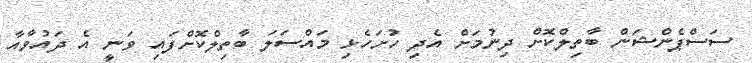
ސަސްޕެންޝަން ބާތިލްކޮށް ދިނުމަށް އެދި ހުށަހެޅި މައްސަލަ ބާތިލްކޮށްފައި ވަނީ އެ ދައުވާއާ